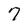
Character: 7